38_143685_box7_Incident_Summaries_1-100
Agency: Department of War
Page 157
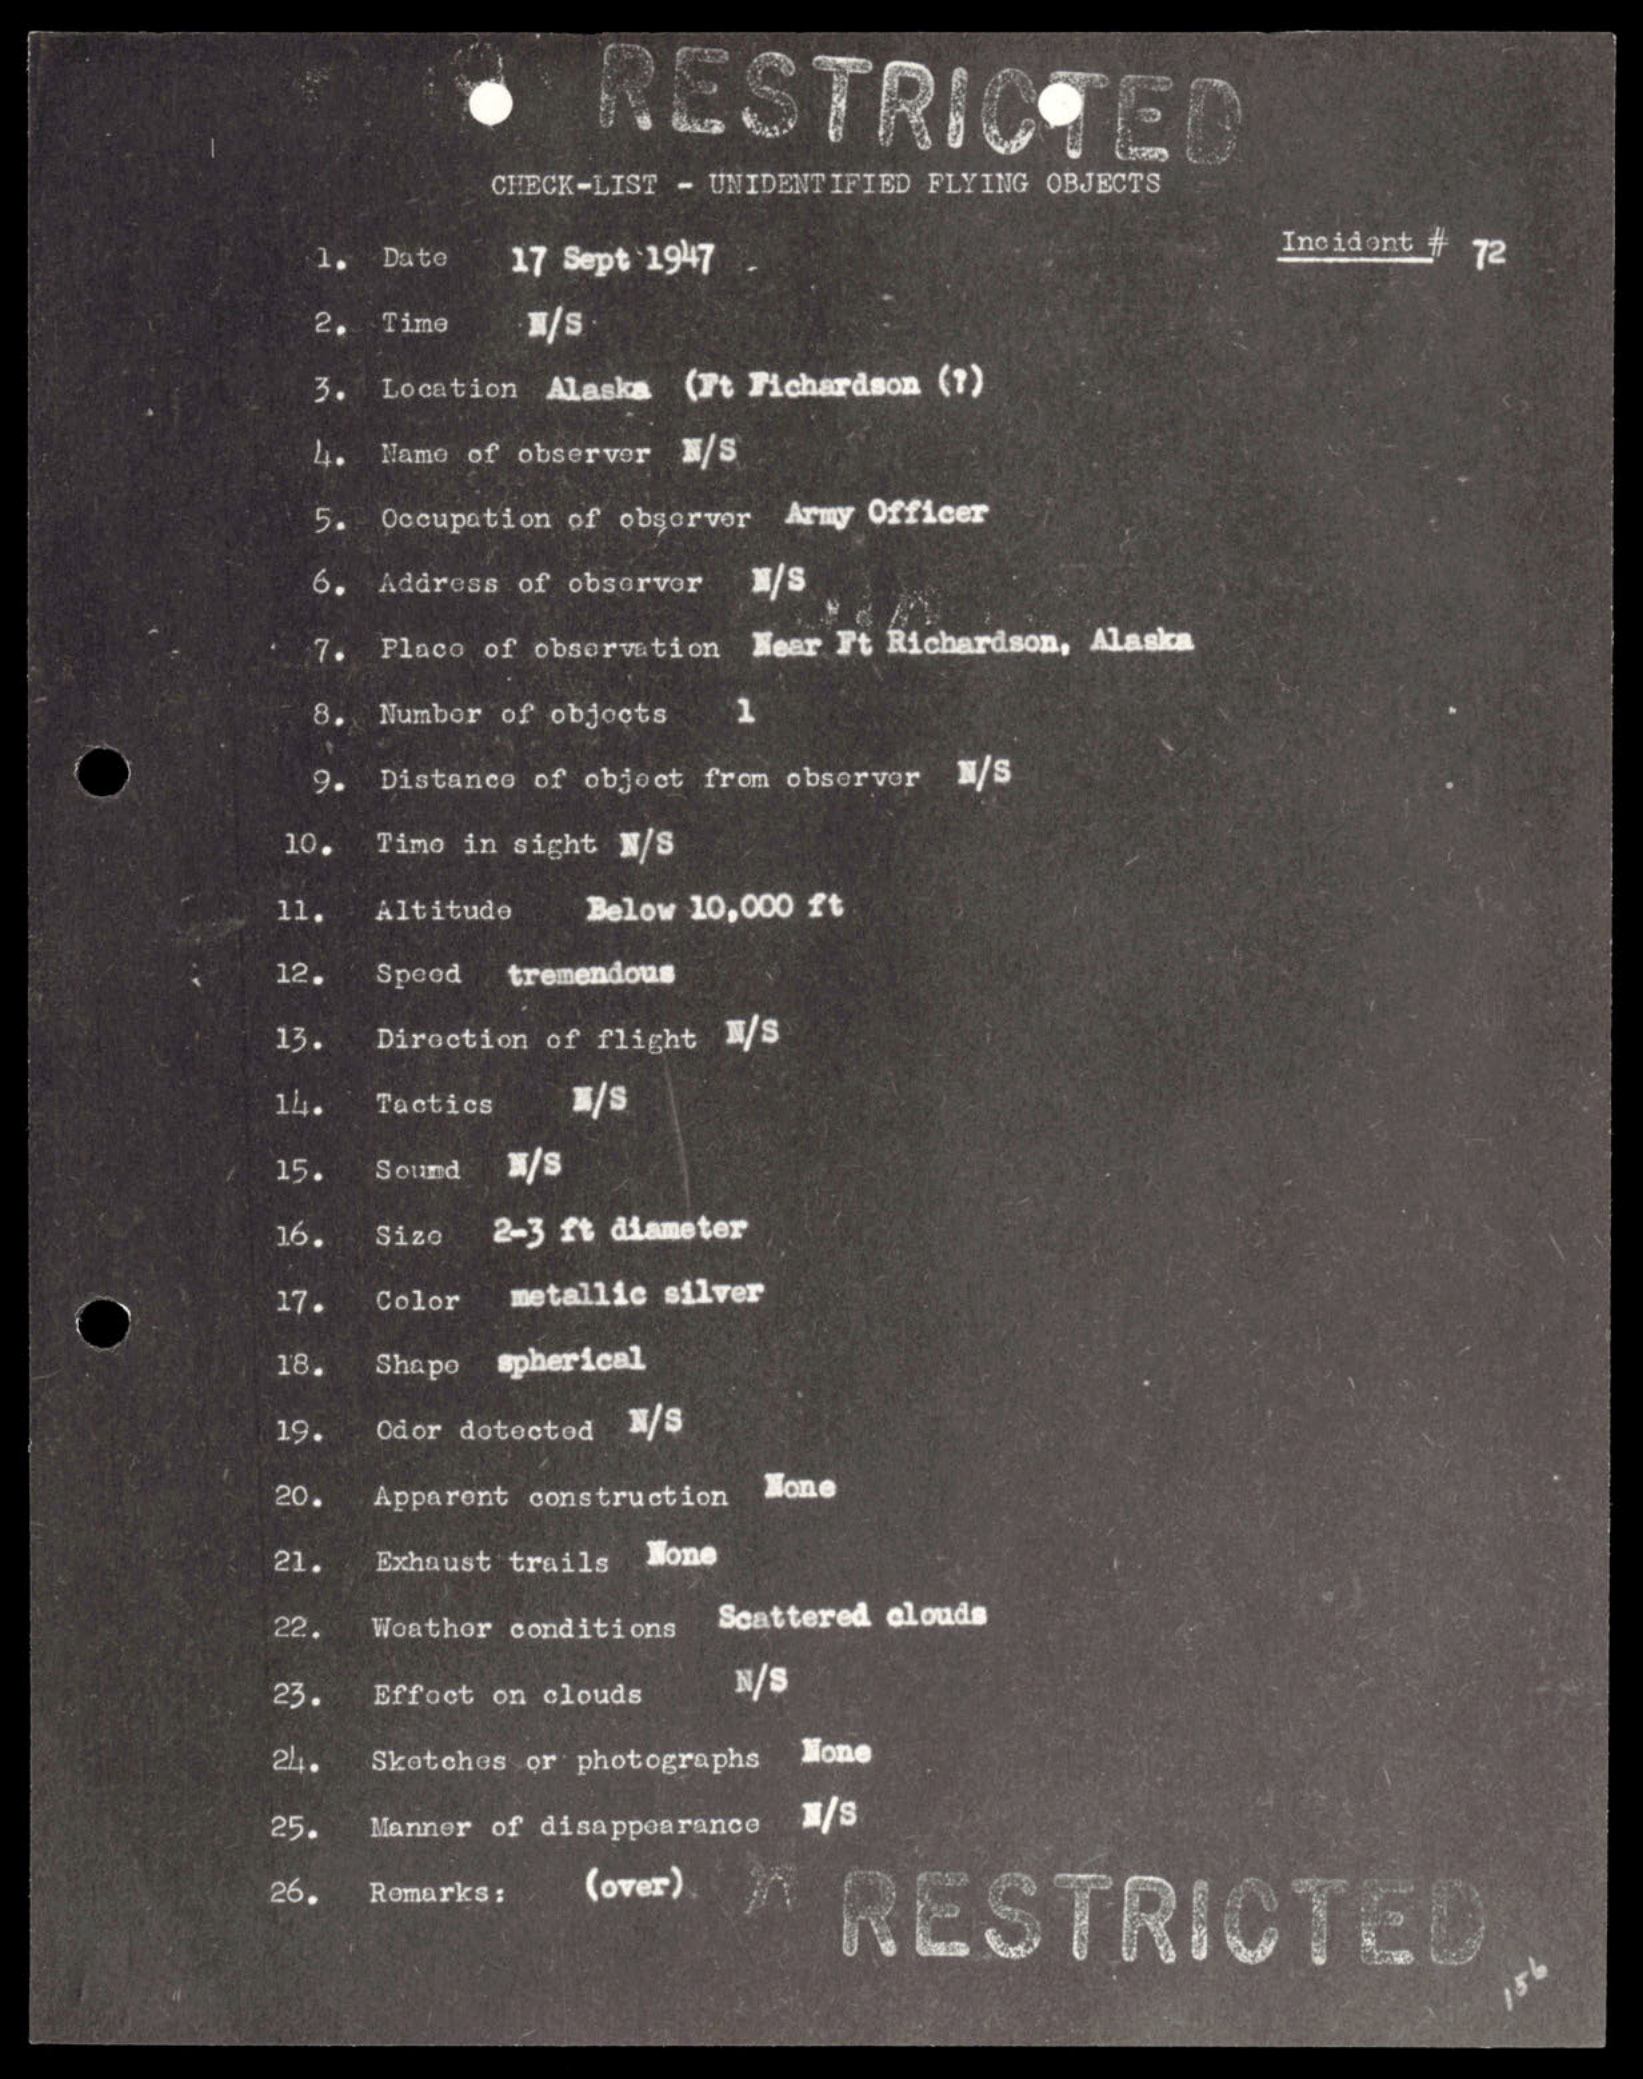